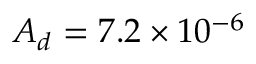
A _ { d } = 7 . 2 \times 1 0 ^ { - 6 }